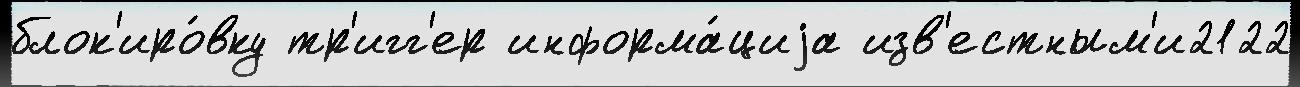
блок'иро́вку тр'игг'ер информа́циjа изв'естным'и2122